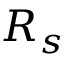
R _ { s }